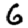
Digit: 6